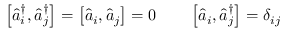
\begin{array} { r l } { \left[ \hat { a } _ { i } ^ { \dagger } , \hat { a } _ { j } ^ { \dagger } \right] = \left[ \hat { a } _ { i } , \hat { a } _ { j } \right] = 0 \quad } & { { } \left[ \hat { a } _ { i } , \hat { a } _ { j } ^ { \dagger } \right] = \delta _ { i j } } \end{array}